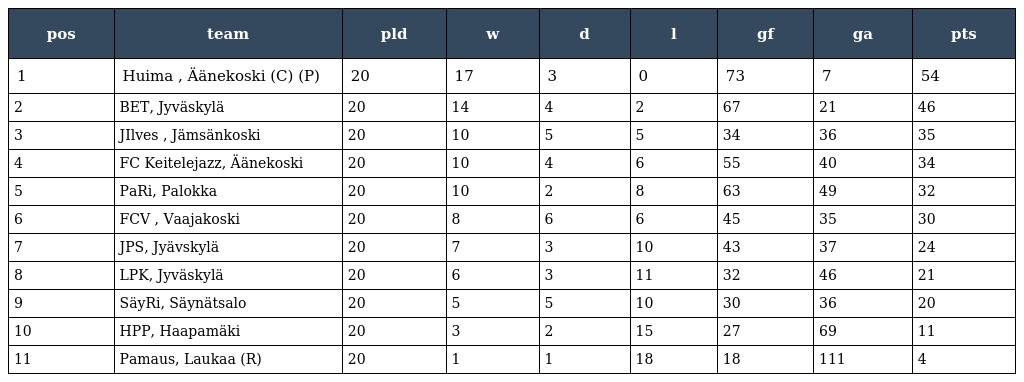
| pos | team | pld | w | d | l | gf | ga | pts |
 | --- | --- | --- | --- | --- | --- | --- | --- | --- |
 | 1 | Huima , Äänekoski (C) (P) | 20 | 17 | 3 | 0 | 73 | 7 | 54 |
 | 2 | BET, Jyväskylä | 20 | 14 | 4 | 2 | 67 | 21 | 46 |
 | 3 | JIlves , Jämsänkoski | 20 | 10 | 5 | 5 | 34 | 36 | 35 |
 | 4 | FC Keitelejazz, Äänekoski | 20 | 10 | 4 | 6 | 55 | 40 | 34 |
 | 5 | PaRi, Palokka | 20 | 10 | 2 | 8 | 63 | 49 | 32 |
 | 6 | FCV , Vaajakoski | 20 | 8 | 6 | 6 | 45 | 35 | 30 |
 | 7 | JPS, Jyävskylä | 20 | 7 | 3 | 10 | 43 | 37 | 24 |
 | 8 | LPK, Jyväskylä | 20 | 6 | 3 | 11 | 32 | 46 | 21 |
 | 9 | SäyRi, Säynätsalo | 20 | 5 | 5 | 10 | 30 | 36 | 20 |
 | 10 | HPP, Haapamäki | 20 | 3 | 2 | 15 | 27 | 69 | 11 |
 | 11 | Pamaus, Laukaa (R) | 20 | 1 | 1 | 18 | 18 | 111 | 4 |